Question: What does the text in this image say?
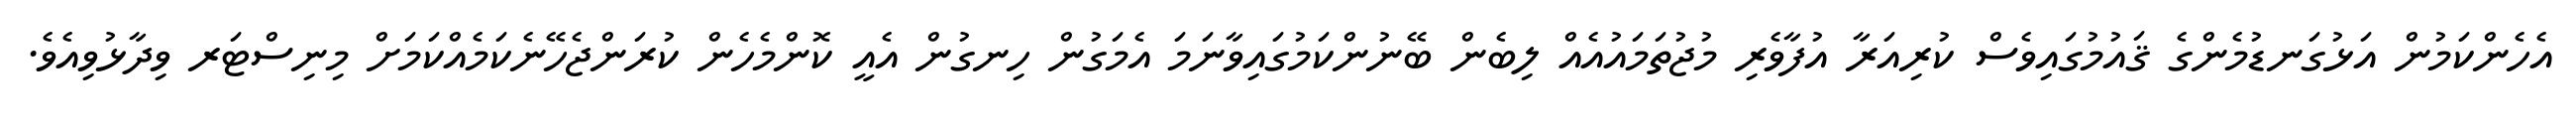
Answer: އެހެންކަމުން އަޅުގަނޑުމެންގެ ޤައުމުގައިވެސް ކުރިއަރާ އުފާވެރި މުޖުތަމައުއެއް ލިބެން ބޭނުންކަމުގައިވާނަމަ އެމަގުން ހިނގުން އެއީ ކޮންމެހެން ކުރަންޖެހޭނެކަމެއްކަމަށް މިނިސްޓަރ ވިދާޅުވިއެވެ.